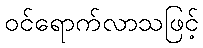
ဝင်ရောက်လာသဖြင့်